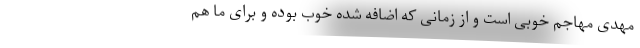
مهدی مهاجم خوبی است و از زمانی که اضافه شده خوب بوده و برای ما هم